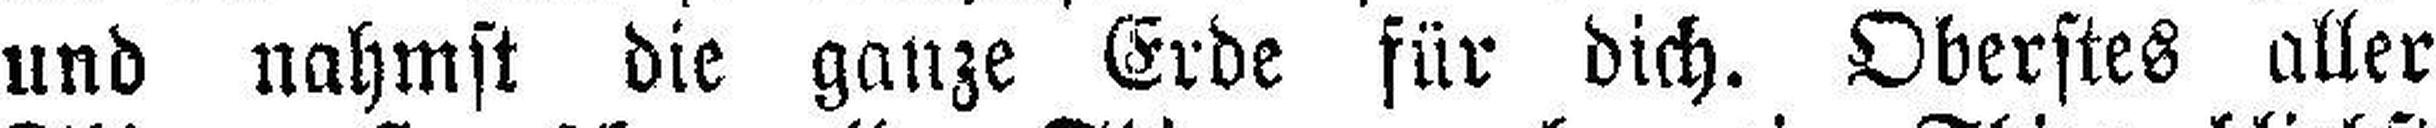
und nahmst die ganze Erde für dich. Oberstes aller